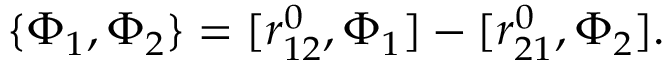
\{ \Phi _ { 1 } , \Phi _ { 2 } \} = [ r _ { 1 2 } ^ { 0 } , \Phi _ { 1 } ] - [ r _ { 2 1 } ^ { 0 } , \Phi _ { 2 } ] .